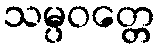
သမ္ပဝတ္တေ